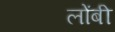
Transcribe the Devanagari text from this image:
लोंबी